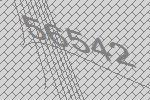
56542